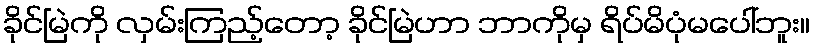
ခိုင်မြဲကို လှမ်းကြည့်တော့ ခိုင်မြဲဟာ ဘာကိုမှ ရိပ်မိပုံမပေါ်ဘူး။